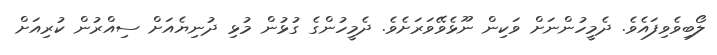
ލޯބިވެވިފައެވެ. ދެމީހުންނަށް ވަކިން ނޫޅެވޭވަރަށެވެ. ދެމީހުންގެ ގުޅުން މުޅި ދުނިޔެއަށް ސިއްރުން ކުރިއަށް